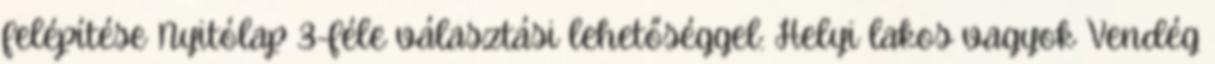
felépítése Nyitólap 3-féle választási lehetőséggel: Helyi lakos vagyok Vendég